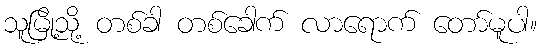
သူမြို့သို့ တစ်ခါ တစ်ခေါက် လာရောက် တော်မူပါ။